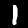
Digit: 1